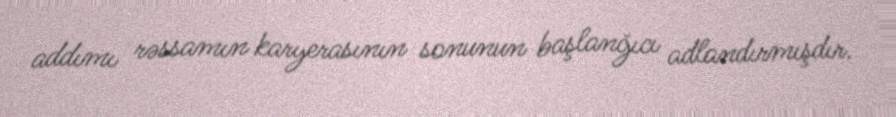
addımı rəssamın karyerasının sonunun başlanğıcı adlandırmışdır.